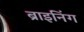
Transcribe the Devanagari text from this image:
ब्राइनिंग